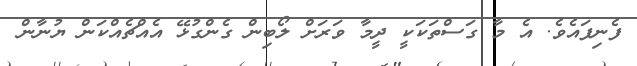
ފެނިފައެވެ. އެ މާ ގަސްތަކަކީ ދީމާ ވަރަށް ލޯބިން ގެންގުޅޭ އެއްޗެއްކަން ޔުނާން